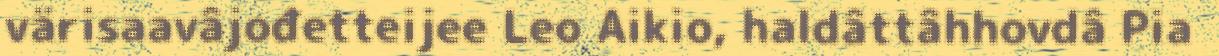
värisaavâjođetteijee Leo Aikio, haldâttâhhovdâ Pia